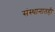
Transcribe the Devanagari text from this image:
संस्थानातही